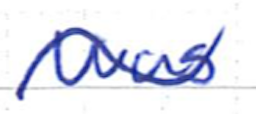
Text: was
Cross-out: wave
Writing tool: ballpoint